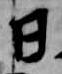
日